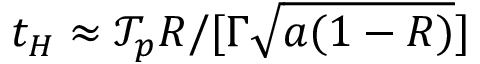
t _ { H } \approx \mathcal { T } _ { p } R / [ \Gamma \sqrt { a ( 1 - R ) } ]